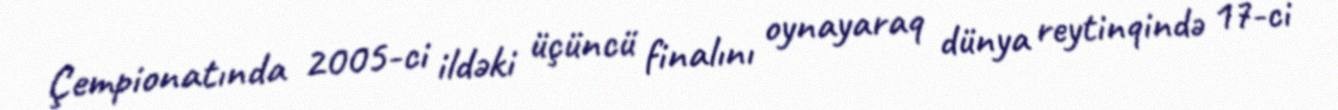
Çempionatında 2005-ci ildəki üçüncü finalını oynayaraq dünya reytinqində 17-ci